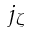
j _ { \zeta }